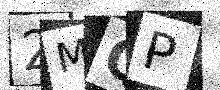
Text: 2MQP